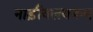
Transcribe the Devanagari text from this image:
नाड़ीवलययन्त्र